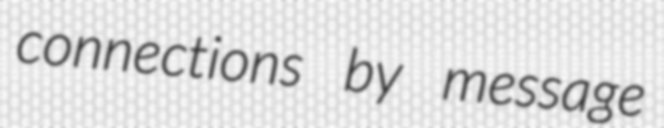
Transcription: connections by message